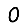
Digit: 0